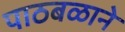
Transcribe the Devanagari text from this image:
पाठबळाने